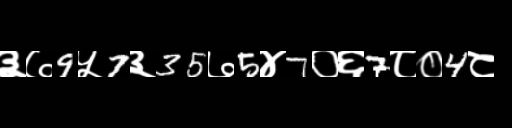
Text: ३७9५7३35७5४7०६7८०4८